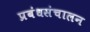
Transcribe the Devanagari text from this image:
प्रबंधसंचालन